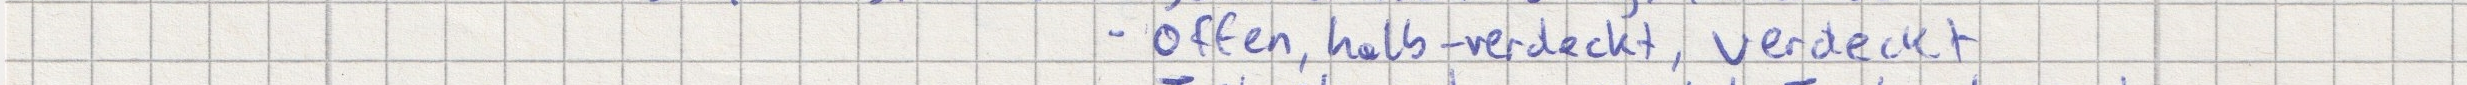
- offen, halb-verdeckt, verdeckt